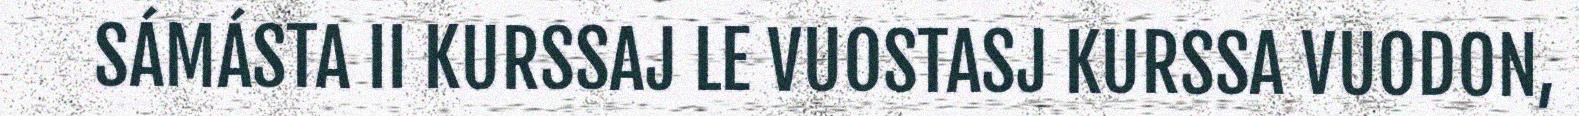
SÁMÁSTA II KURSSAJ LE VUOSTASJ KURSSA VUODON,